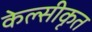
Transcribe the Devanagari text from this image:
केल्सीकृत